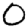
Digit: 0